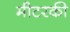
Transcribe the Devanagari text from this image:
मीटरकी